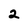
Character: 2